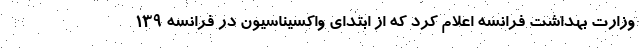
وزارت بهداشت فرانسه اعلام کرد که از ابتدای واکسیناسیون در فرانسه ۱۳۹